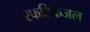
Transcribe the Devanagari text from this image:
स्फटिकजल